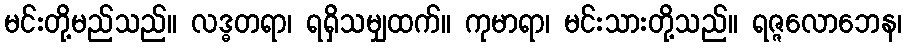
မင်းတို့မည်သည်။ လဒ္ဓတရာ၊ ရရှိသမျှထက်။ ကုမာရာ၊ မင်းသားတို့သည်။ ရဇ္ဇလောဘေန၊